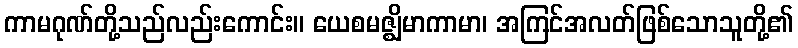
ကာမဂုဏ်တို့သည်လည်းကောင်း။ ယေစမဇ္ဈိမာကာမာ၊ အကြင်အလတ်ဖြစ်သောသူတို့၏